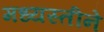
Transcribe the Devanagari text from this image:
मध्यस्तीने